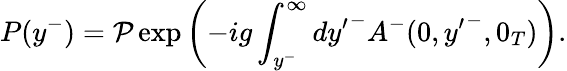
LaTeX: P(y^{-})={\cal P}\exp\left(-ig\int_{y^{-}}^{\infty}d{y^{\prime}}^{-}A^{-}(0,{y^{\prime}}^{-},0_{T})\right).